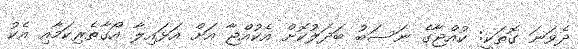
ދެވަނަ ގޮތަކީ: ކުއްޖާގެ ނަސަބު ބަދަލުކޮށް އެކުއްޖާ އަށް އަޅައިލާ އޯގާތެރިކަމާއި އެކު